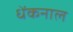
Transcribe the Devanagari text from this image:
धेंकनाल